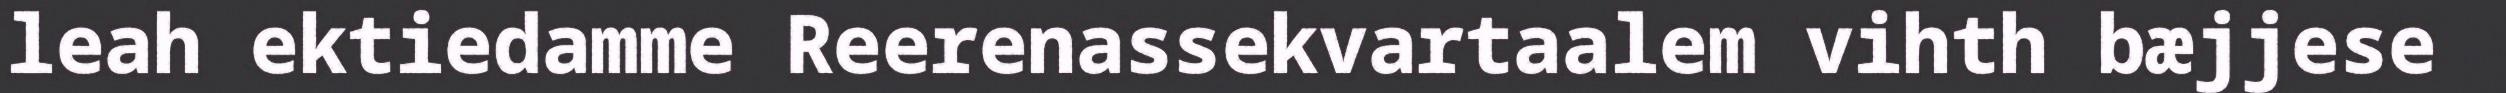
leah ektiedamme Reerenassekvartaalem vihth bæjjese